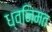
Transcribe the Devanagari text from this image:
ध्वनिमत